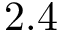
2 . 4